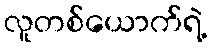
လူတစ်ယောက်ရဲ့